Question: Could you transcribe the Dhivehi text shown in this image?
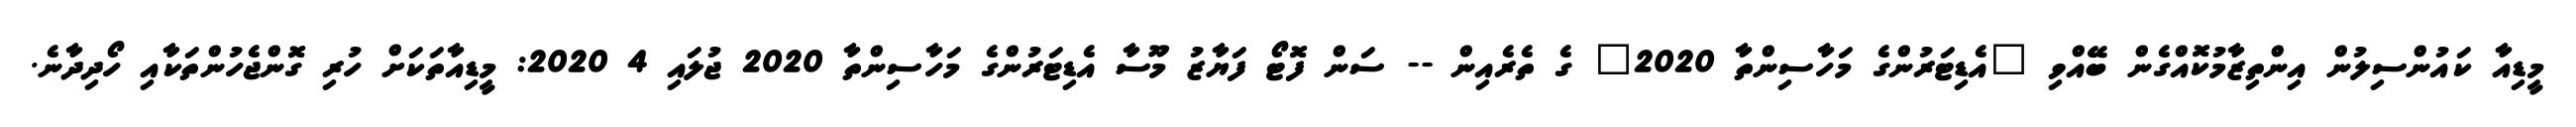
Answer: މީޑިއާ ކައުންސިލުން އިންތިޒާމުކޮއްގެން ބޭއްވި "އެޑިޓަރުންގެ މަހާސިންތާ 2020" ގެ ތެރެއިން -- ސަން ފޮޓޯ ފަޔާޒު މޫސާ އެޑިޓަރުންގެ މަހާސިންތާ 2020 ޖުލައި 4 2020: މީޑިއާތަކަށް ހުރި ގޮންޖެހުންތަކާއި ހޯދިދާނެ.